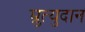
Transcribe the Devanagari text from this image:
म्रुत्युदान